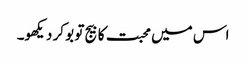
اس میں محبت کا بیج تو بو کر دیکھو۔